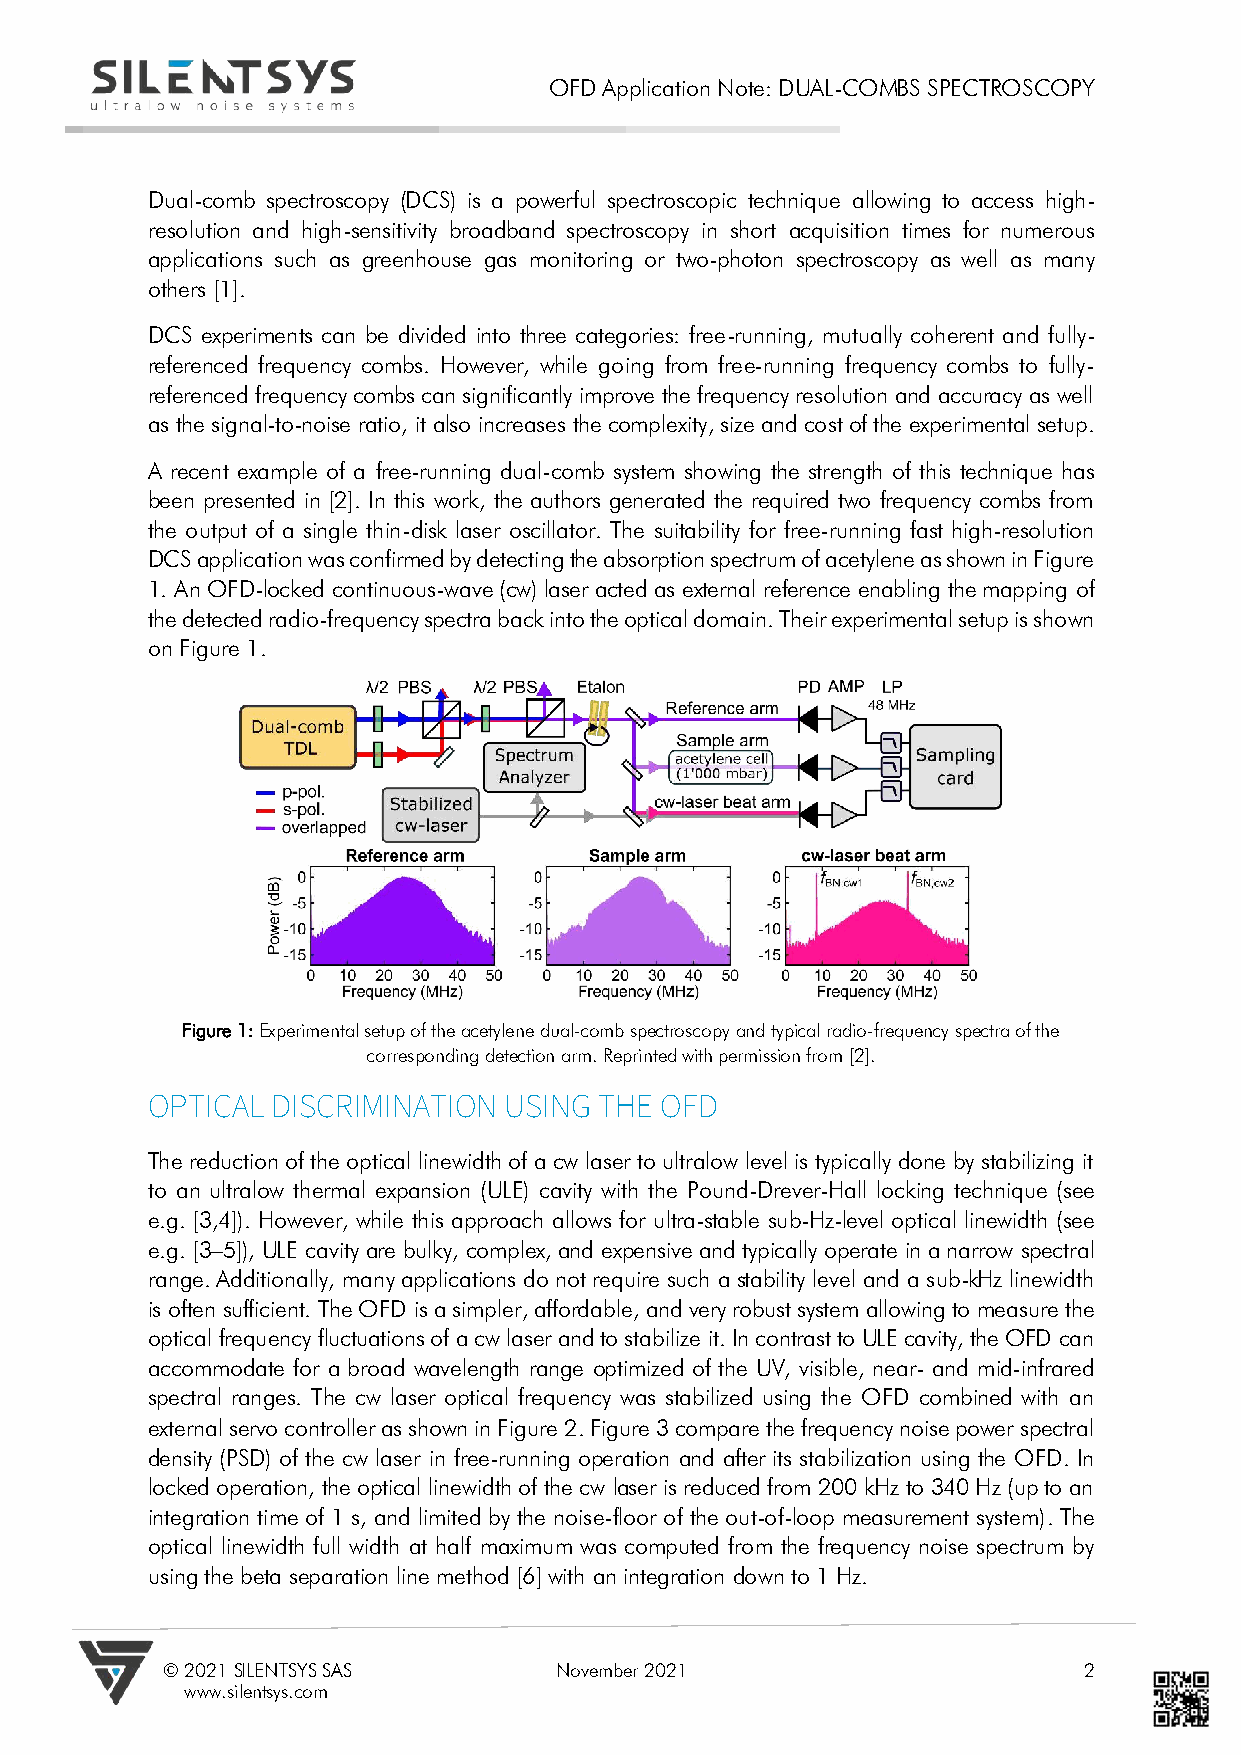
OFD Application Note: DUAL-COMBS SPECTROSCOPY
 Dual-comb spectroscopy (DCS) is a powerful spectroscopic technique allowing to access high-
 resolution and high-sensitivity broadband spectroscopy in short acquisition times for numerous
 applications such as greenhouse gas monitoring or two-photon spectroscopy as well as many
 others [1].
 DCS experiments can be divided into three categories: free-running, mutually coherent and fully-
 referenced frequency combs. However, while going from free-running frequency combs to fully-
 referenced frequency combs can significantly improve the frequency resolution and accuracy as well
 as the signal-to-noise ratio, it also increases the complexity, size and cost of the experimental setup.
 A recent example of a free-running dual-comb system showing the strength of this technique has
 been presented in [2]. In this work, the authors generated the required two frequency combs from
 the output of a single thin-disk laser oscillator. The suitability for free-running fast high-resolution
 DCS application was confirmed by detecting the absorption spectrum of acetylene as shown in Figure
 1. An OFD-locked continuous-wave (cw) laser acted as external reference enabling the mapping of
 the detected radio-frequency spectra back into the optical domain. Their experimental setup is shown
 on Figure 1.
 Figure 1: Experimental setup of the acetylene dual-comb spectroscopy and typical radio-frequency spectra of the
 corresponding detection arm. Reprinted with permission from [2].
 OPTICAL DISCRIMINATION USING  THE OFD
 The reduction of the optical linewidth of a cw laser to ultralow level is typically done by stabilizing it
 to an ultralow thermal expansion (ULE) cavity with the Pound-Drever-Hall locking technique (see
 e.g. [3,4]). However, while this approach allows for ultra-stable sub-Hz-level optical linewidth (see
 e.g. [3–5]), ULE cavity are bulky, complex, and expensive and typically operate in a narrow spectral
 range. Additionally, many applications do not require such a stability level and a sub-kHz linewidth
 is often sufficient. The OFD is a simpler, affordable, and very robust system allowing to measure the
 optical frequency fluctuations of a cw laser and to stabilize it. In contrast to ULE cavity, the OFD can
 accommodate for a broad wavelength range optimized of the UV, visible, near- and mid-infrared
 spectral ranges. The cw laser optical frequency was stabilized using the OFD combined with an
 external servo controller as shown in Figure 2. Figure 3 compare the frequency noise power spectral
 density (PSD) of the cw laser in free-running operation and after its stabilization using the OFD. In
 locked operation, the optical linewidth of the cw laser is reduced from 200 kHz to 340 Hz (up to an
 integration time of 1 s, and limited by the noise-floor of the out-of-loop measurement system). The
 optical linewidth full width at half maximum was computed from the frequency noise spectrum by
 using the beta separation line method [6] with an integration down to 1 Hz.
 © 2021 SILENTSYS SAS      November 2021                      2
 www.silentsys.com